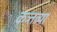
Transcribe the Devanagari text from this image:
कत्र्तव्या